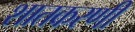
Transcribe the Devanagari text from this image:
शातकरणी